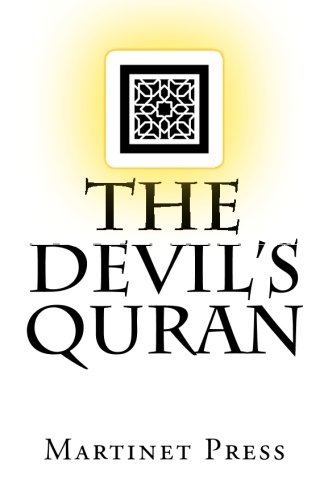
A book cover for The Devil's Quran; Martinet Press; Religion & Spirituality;